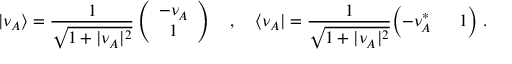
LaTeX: \vert \nu _ { A } \rangle = { \frac { 1 } { \sqrt { 1 + \vert \nu _ { A } \vert ^ { 2 } } } } \left( \begin{array} { c } { { - \nu _ { A } } } \\ { { 1 } } \end{array} \right) \quad , \quad \langle \nu _ { A } \vert = { \frac { 1 } { \sqrt { 1 + \vert \nu _ { A } \vert ^ { 2 } } } } \Bigl ( - \nu _ { A } ^ { * } \; \quad \; 1 \Bigr ) \; .